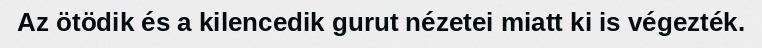
Az ötödik és a kilencedik gurut nézetei miatt ki is végezték.